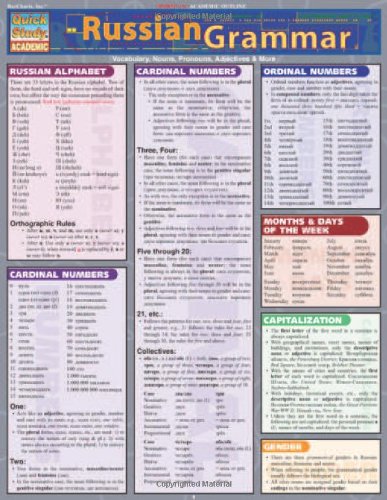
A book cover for Russian Grammar (Quickstudy: Academic); Inc. BarCharts; Reference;